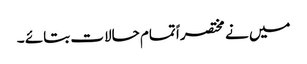
میں نے مختصراً تمام حالات بتائے ۔